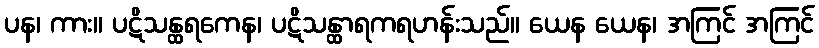
ပန၊ ကား။ ပဋိသန္ထရကေန၊ ပဋိသန္ထာရကရဟန်းသည်။ ယေန ယေန၊ အကြင် အကြင်